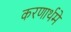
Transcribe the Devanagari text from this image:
करणार्थमे